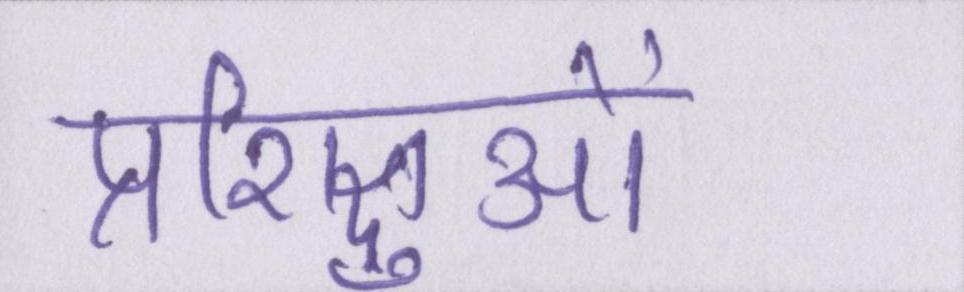
प्रशिक्षुओं